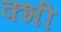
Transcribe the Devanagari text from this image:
क्भी